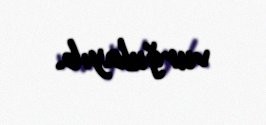
vurğulayıb.